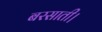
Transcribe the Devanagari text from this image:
बरसाती।